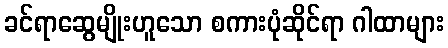
ခင်ရာဆွေမျိုးဟူသော စကားပုံဆိုင်ရာ ဂါထာများ